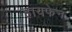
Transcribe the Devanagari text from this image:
हायफेन